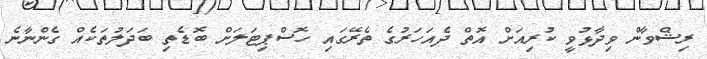
ރިޝްވާން ވިދާޅުވީ ކުރިއަށް އޮތް ދެއަހަރުގެ ތެރޭގައި ހޮސްޕިޓަލަށް ބޮޑެތި ބަދަލުތަކެއް ގެންނާނެ